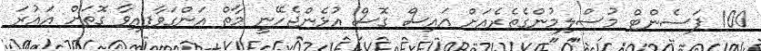
100 ޕަސެންޓް މުސްލިމުންގެތެރެއަށް އައިސް ގޮސް އުޅެންޖެހޭނީ މާތް އަންގަވާފއިވާ ގޮތަށް އައުރަ